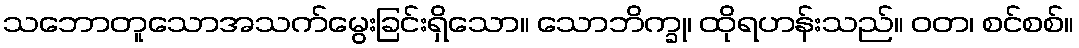
သဘောတူသောအသက်မွေးခြင်းရှိသော။ သောဘိက္ခု၊ ထိုရဟန်းသည်။ ဝတ၊ စင်စစ်။